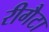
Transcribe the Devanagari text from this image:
रीगैटा